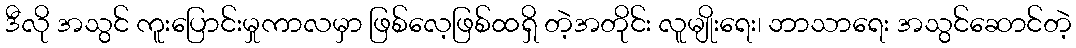
ဒီလို အသွင် ကူးပြောင်းမှုကာလမှာ ဖြစ်လေ့ဖြစ်ထရှိ တဲ့အတိုင်း လူမျိုးရေး၊ ဘာသာရေး အသွင်ဆောင်တဲ့